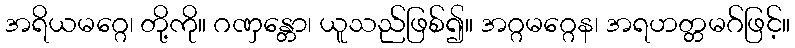
အရိယမဂ္ဂေ၊ တို့ကို။ ဂဏှန္တော၊ ယူသည်ဖြစ်၍။ အဂ္ဂမဂ္ဂေန၊ အရဟတ္တမဂ်ဖြင့်။